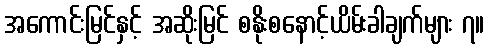
အကောင်းမြင်နှင့် အဆိုးမြင် စနိုးစနောင့်ယိမ်းခါချက်များ ၇။